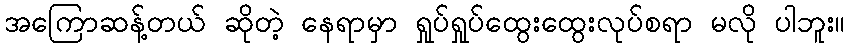
အကြောဆန့်တယ် ဆိုတဲ့ နေရာမှာ ရှုပ်ရှုပ်ထွေးထွေးလုပ်စရာ မလို ပါဘူး။